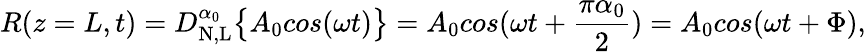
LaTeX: R(z=L,t)=D_{\mathrm{N,L}}^{\alpha_{0}}\big\{ {A_{0}cos(\omega t)\big\} }=A_{0}cos(\omega t+\frac{\pi\alpha_{0}}{2})=A_{0}cos(\omega t+\Phi),